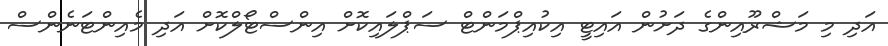
އަދި މި މަޝްރޫއިންގެ ދަށުން އައިޓީ އިކުއިޕްމަންޓް ސަޕްލައިކޮށް އިންސްޓޯލްކޮށް އަދި މެއިންޓަނެންސް